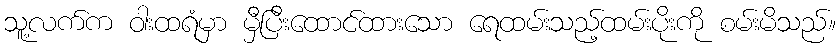
သူ့လက်က ဝါးထရံမှာ မှီပြီးထောင်ထားသော ရေထမ်းသည့်ထမ်းပိုးကို စမ်းမိသည်။